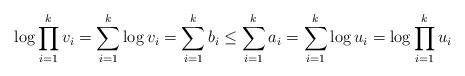
LaTeX: \begin{align*}\log \prod_{i=1}^k v_i = \sum_{i=1}^k \log v_i = \sum_{i=1}^k b_i \leq \sum_{i=1}^k a_i = \sum_{i=1}^k \log u_i = \log \prod_{i=1}^k u_i \end{align*}